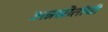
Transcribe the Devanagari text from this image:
अन्नस्रोतांची